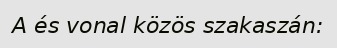
A és vonal közös szakaszán: